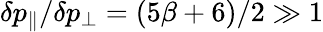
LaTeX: \delta p_{\| }/\delta p_{\perp}=(5\beta+6)/2\gg 1